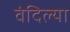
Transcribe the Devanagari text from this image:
वंदिल्या